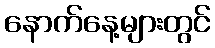
နောက်နေ့များတွင်